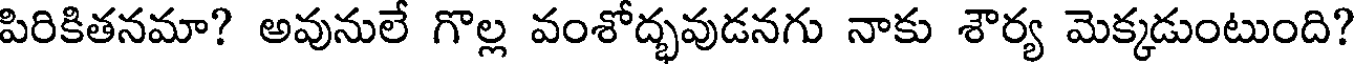
పిరికితనమా? అవునులే గొల్ల వంశోద్భవుడనగు నాకు శౌర్య మెక్కడుంటుంది?